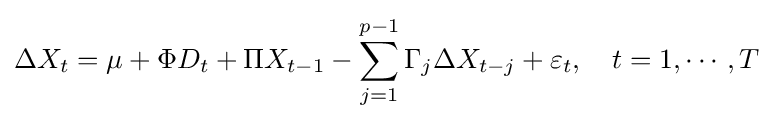
\Delta X_{t}=\mu +\Phi D_{t}+\Pi X_{t-1}-\sum _{j=1}^{p-1}\Gamma _{j}\Delta X_{t-j}+\varepsilon _{t},\quad t=1,\cdots ,T